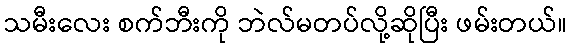
သမီးလေး စက်ဘီးကို ဘဲလ်မတပ်လို့ဆိုပြီး ဖမ်းတယ်။